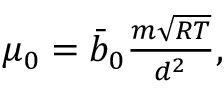
\begin{array} { r } { \mu _ { 0 } = \bar { b } _ { 0 } \frac { m \sqrt { R T } } { d ^ { 2 } } , } \end{array}